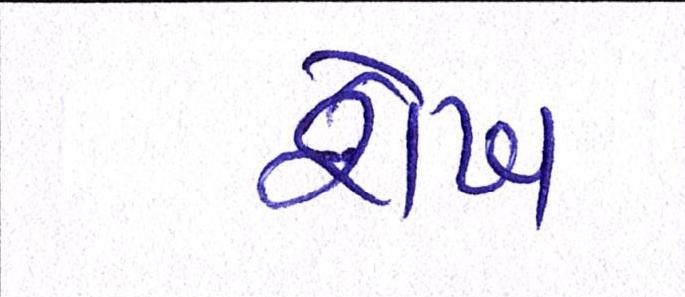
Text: શેખ